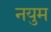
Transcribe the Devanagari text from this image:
नयुम